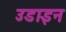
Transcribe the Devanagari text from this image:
उडाइन